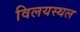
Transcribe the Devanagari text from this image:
विलयस्थल